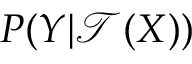
P ( Y | \mathcal { T } ( X ) )